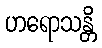
ဟရောသန္တိ